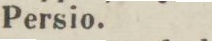
Persio.